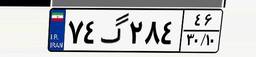
۸۵گ۸۱۲۲۶